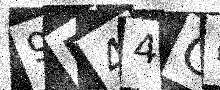
Text: 9P44CH